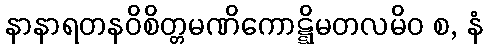
နာနာရတနဝိစိတ္တမဏိကောဋ္ဋိမတလမိဝ စ, နံ